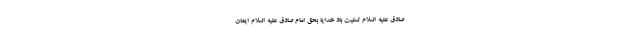
صادق علیه السلام تسلیت باد خدایا بحق امام صادق علیه السلام ایمان